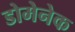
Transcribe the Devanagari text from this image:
डोमेनेक